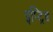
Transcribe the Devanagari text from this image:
इप्ट्रिड